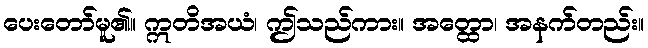
ပေးတော်မူ၏။ ဣတိအယံ၊ ဤသည်ကား။ အတ္ထော၊ အနက်တည်း။